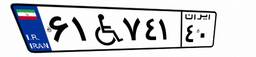
۶۱W۷۴۱۴۰